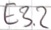
Text: E3.2